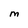
Character: M